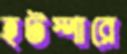
হটস্পারে